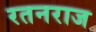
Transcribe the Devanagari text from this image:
रतनराज